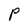
Character: P